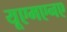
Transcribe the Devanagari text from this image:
यूएमएनए